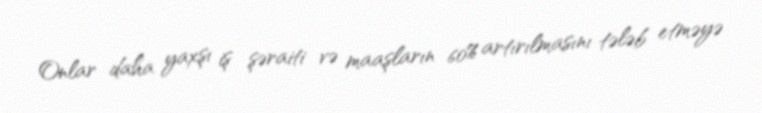
Onlar daha yaxşı iş şəraiti və maaşların 60% artırılmasını tələb etməyə